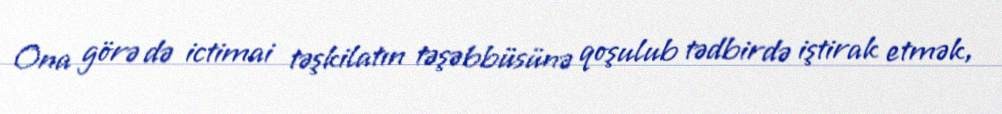
Ona görə də ictimai təşkilatın təşəbbüsünə qoşulub tədbirdə iştirak etmək,